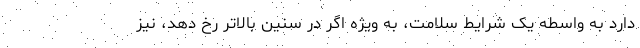
دارد به واسطه یک شرایط سلامت، به ویژه اگر در سنین بالاتر رخ دهد، نیز